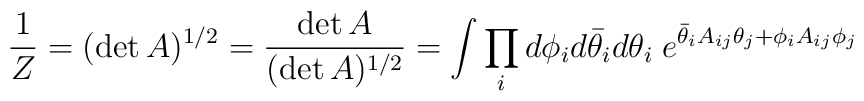
\frac{1}{Z} =(\det A)^{1/2} = \frac{\det A}{(\det A)^{1/2}}=\int \prod_{i} d\phi_i d\bar\theta_i  d\theta_i \;e^{\bar\theta_i A_{ij} \theta_j +\phi_i A_{ij} \phi_j}